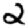
Digit: 2